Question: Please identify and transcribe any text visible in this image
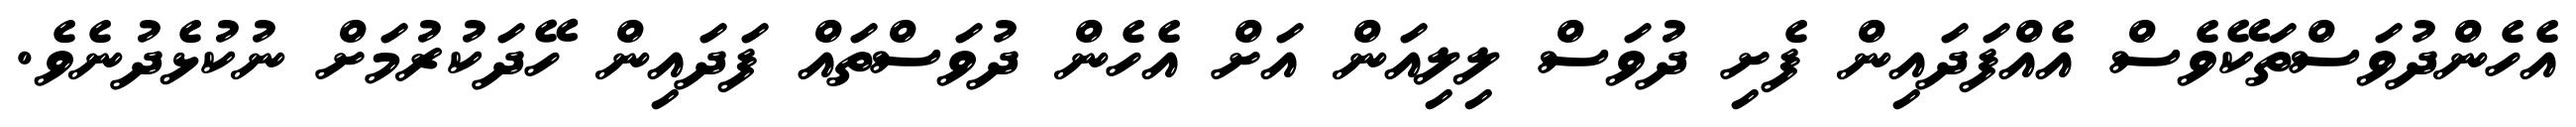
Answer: އެހެންދުވަސްތަކޭވެސް އެއްފަދައިން ފެށި ދުވަސް ލިލިއަން އަށް އެހެން ދުވަސްތައް ފަދައިން ހޭދަކުރުމަށް ނުކުޅެދުނެވެ.